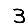
Digit: 3